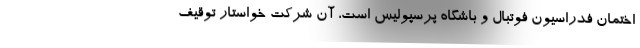
اختمان فدراسیون فوتبال و باشگاه پرسپولیس است، آن شرکت خواستار توقیف